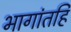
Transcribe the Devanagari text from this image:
भागांतहि